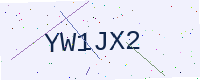
Text: YW1JX2